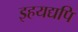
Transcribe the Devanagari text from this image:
इहयद्यपि